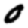
Digit: 0